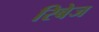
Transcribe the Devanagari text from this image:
रिबेज